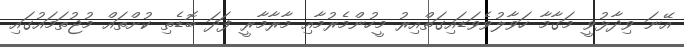
އޭނަ ވިދާޅުވީ މަގާމާ ހަވާލުވެވަޑައިގަތްއިރު މީހުންމެރުމާއި މާރާމާރީ ފަދަ ބޮޑެތި ކުށްތައް މުޖުތަމައުގައި